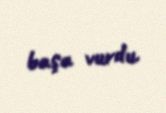
başa vurdu.